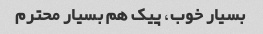
بسیار خوب، پیک هم بسیار محترم